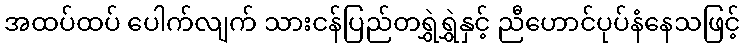
အထပ်ထပ် ပေါက်လျက် သားငန်ပြည်တရွှဲရွှဲနှင့် ညီဟောင်ပုပ်နံနေသဖြင့်